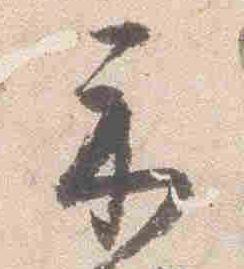
示